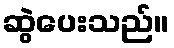
ဆွဲပေးသည်။